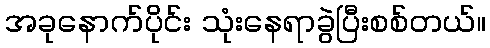
အခုနောက်ပိုင်း သုံးနေရာခွဲပြီးစစ်တယ်။